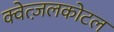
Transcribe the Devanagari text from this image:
क्वेत्ज़लकोटल